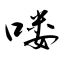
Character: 喽